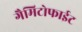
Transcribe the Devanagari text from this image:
गैमिटोफाईट